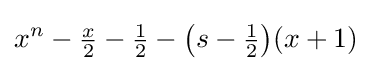
x^{n}-{\tfrac {x}{2}}-{\tfrac {1}{2}}-\left(s-{\tfrac {1}{2}}\right)\!(x+1)